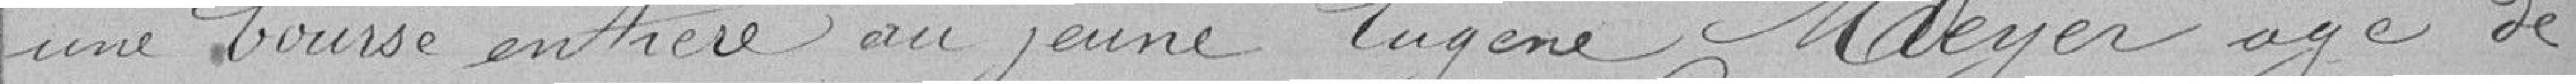
une bourse entière au jeune Eugène Meyer agé de